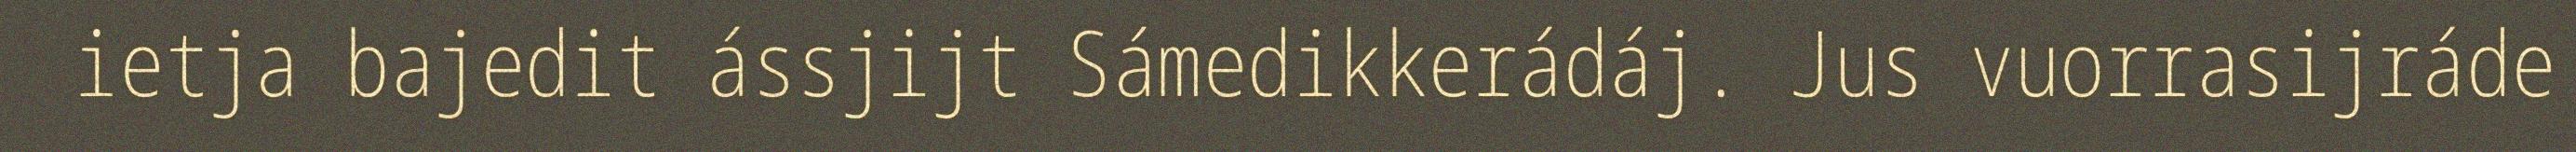
ietja bajedit ássjijt Sámedikkerádáj. Jus vuorrasijráde